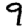
Digit: 9